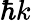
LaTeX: \hbar k